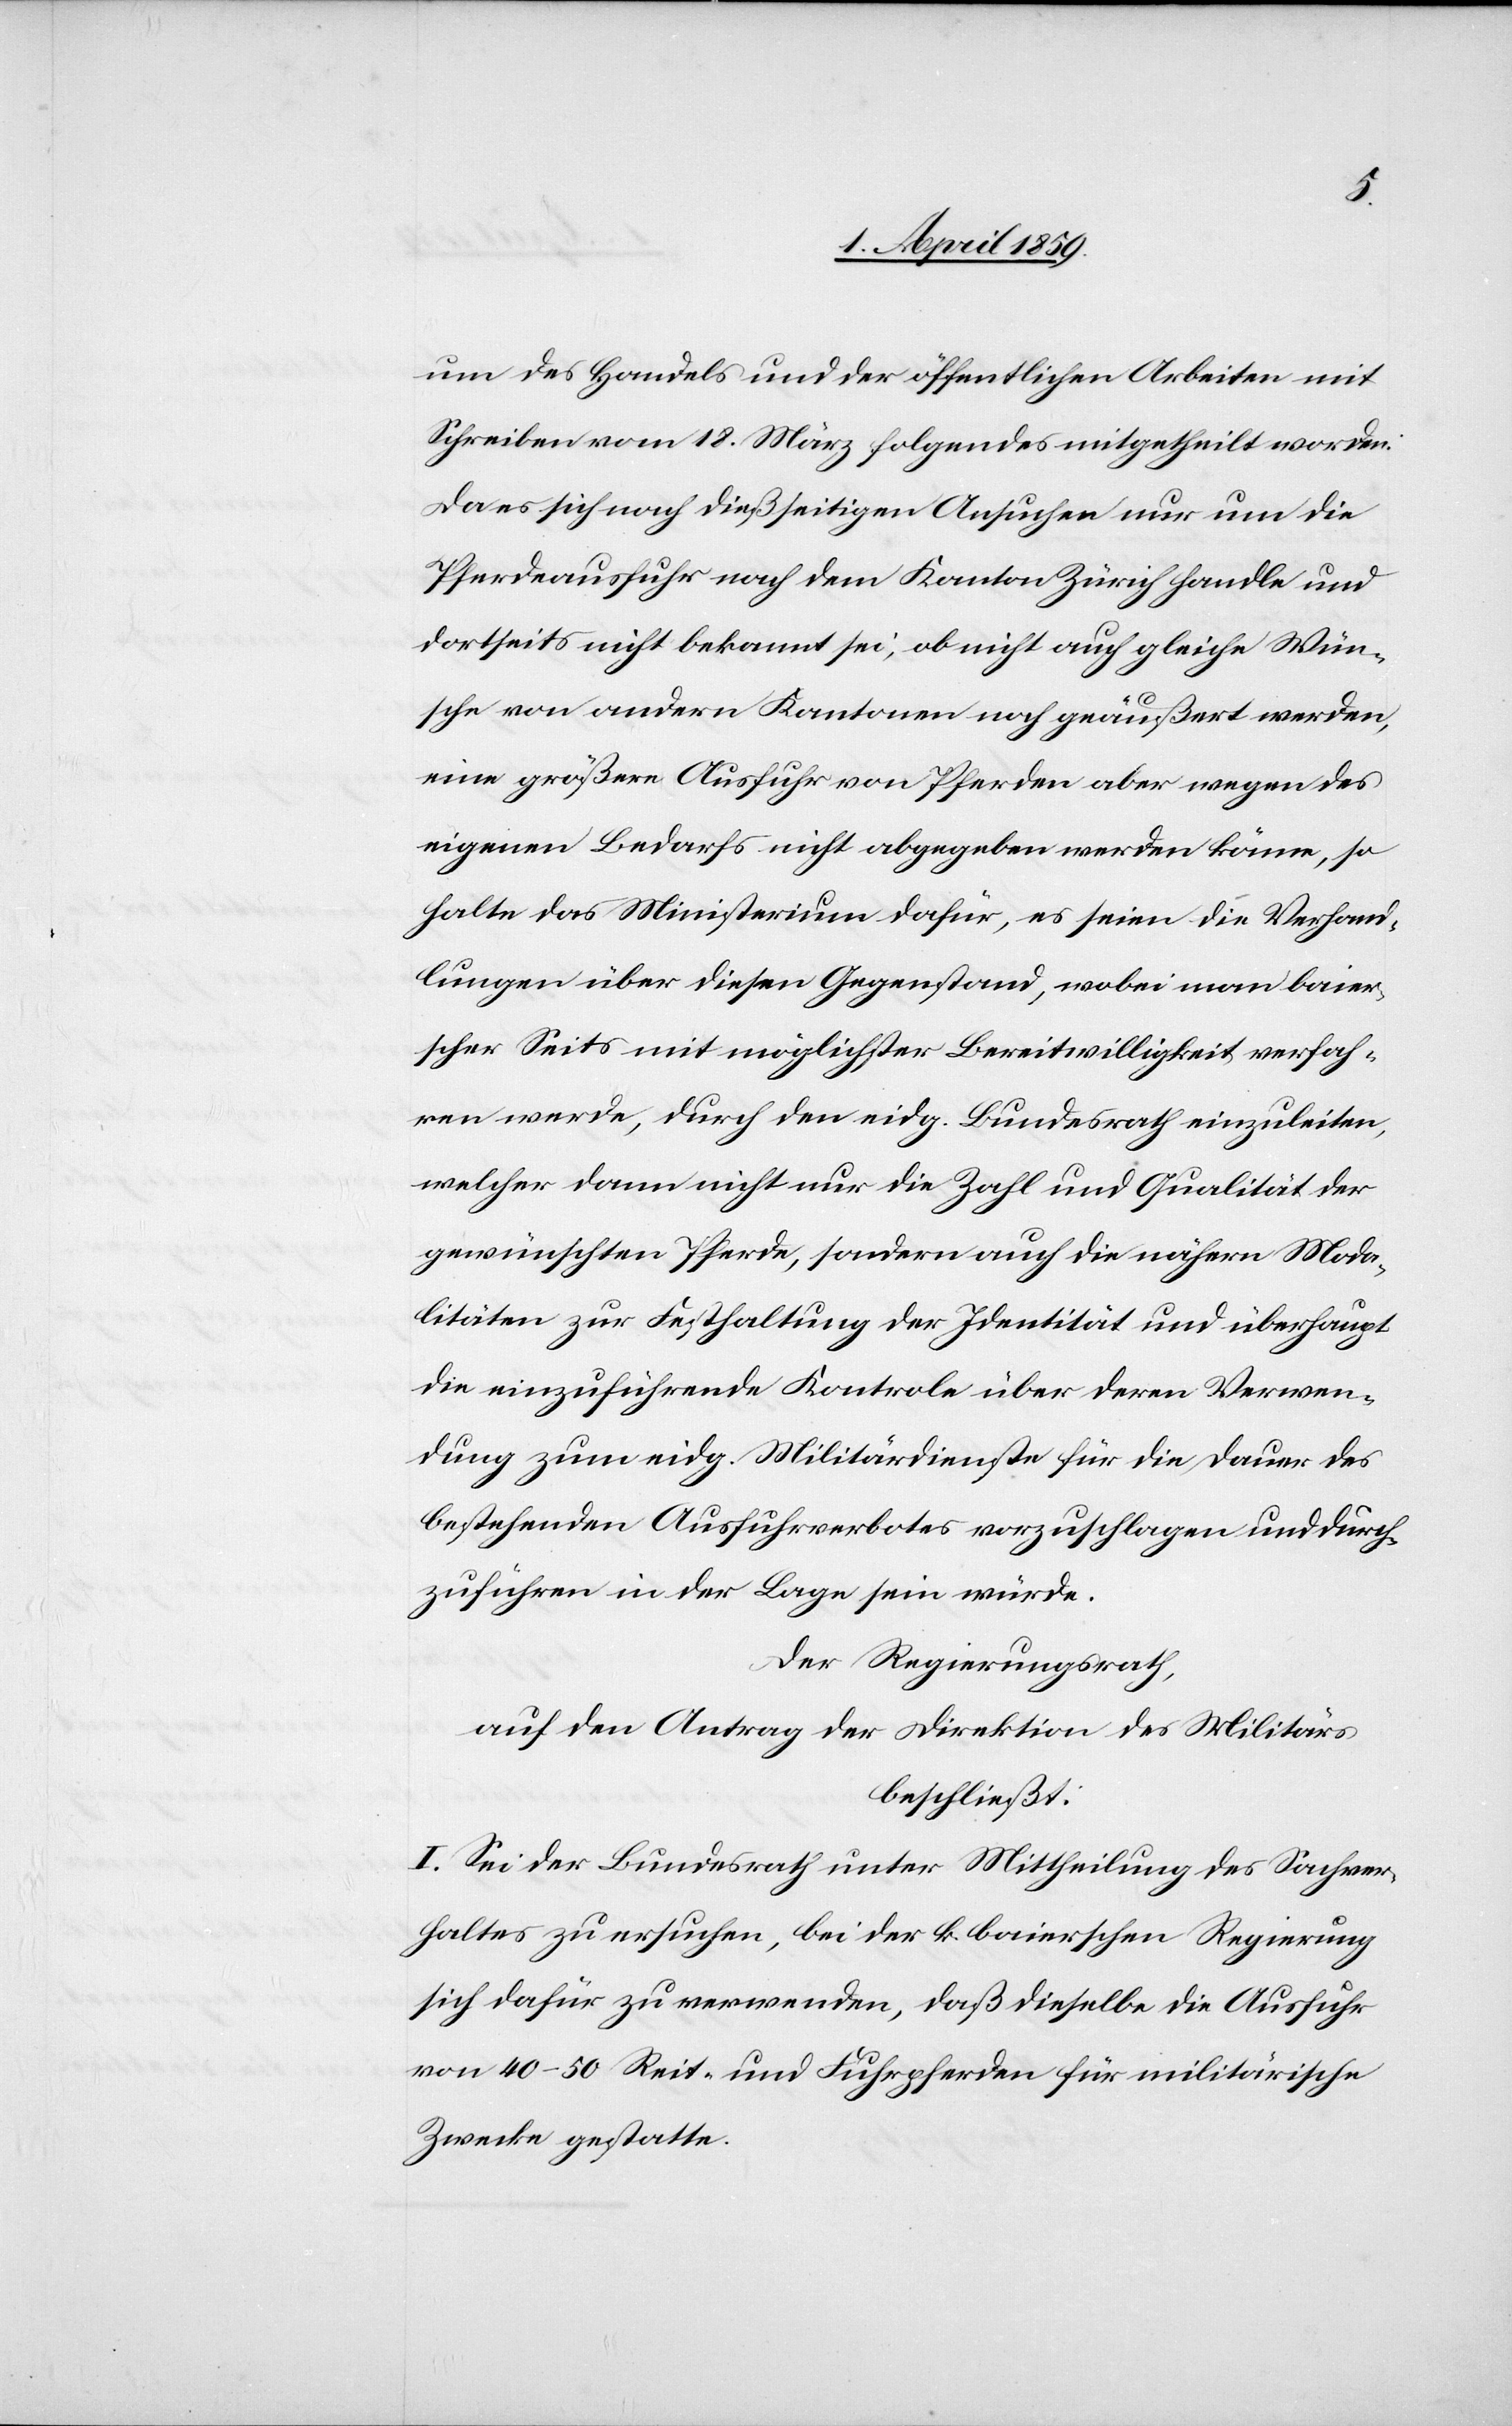
um des Handels und der öffentlichen Arbeiten mit
Schreiben vom 18. März folgendes mitgetheilt worden:
Da es sich nach dießseitigen Ansuchen nur um die
Pferdeausfuhr nach dem Kanton Zürich handle und
dortseits nicht bekannt sei, ob nicht auch gleiche Wün¬
sche von andern Kantonen noch geäußert werden,
eine größere Ausfuhr von Pferden aber wegen des
eigenen Bedarfs nicht abgegeben werden könne, so
halte das Ministerium dafür, es seien die Verhand¬
lungen über diesen Gegenstand, wobei man baier¬
scher Seits mit möglichster Bereitwilligkeit verfah¬
ren werde, durch den eidg. Bundesrath einzuleiten,
welcher dann nicht nur die Zahl und Qualität der
gewünschten Pferde, sondern auch die nähern Moda¬
litäten zur Festhaltung der Identität und überhaupt
die einzuführende Kontrole über deren Verwen¬
dung zum eidg. Militärdienste für die Dauer des
bestehenden Ausfuhrverbotes vorzuschlagen und
durchzuführen in der Lage sein würde.
Der Regierungsrath,
auf den Antrag der Direktion des Militärs
beschließt:
I. Sei der Bundesrath unter Mittheilung des Sachver¬
haltes zu ersuchen, bei der k. baierschen Regierung
sich dafür zu verwenden, daß dieselbe die Ausfuhr
von 40–50 Reit- und Fuhrpferden für militärische
Zwecke gestatte.